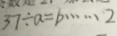
3 7 \div a = b \cdots 2